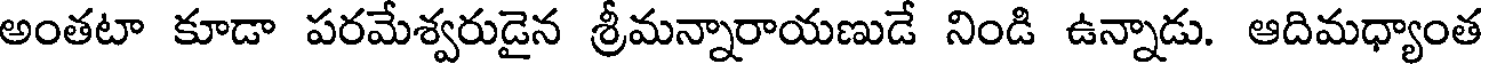
అంతటా కూడా పరమేశ్వరుడైన శ్రీమన్నారాయణుడే నిండి ఉన్నాడు. ఆదిమధ్యాంత